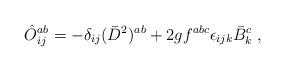
LaTeX: \begin{align*}\hat{O}_{ij}^{ab} = -\delta_{ij} (\bar{D}^{2} )^{ab} + 2gf^{abc} \epsilon_{ijk} \bar{B}_{k}^{c}\;,\end{align*}